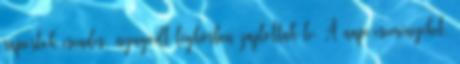
raportok csendes, nyugodt légkörben zajlottak le. A napi eseményeket,